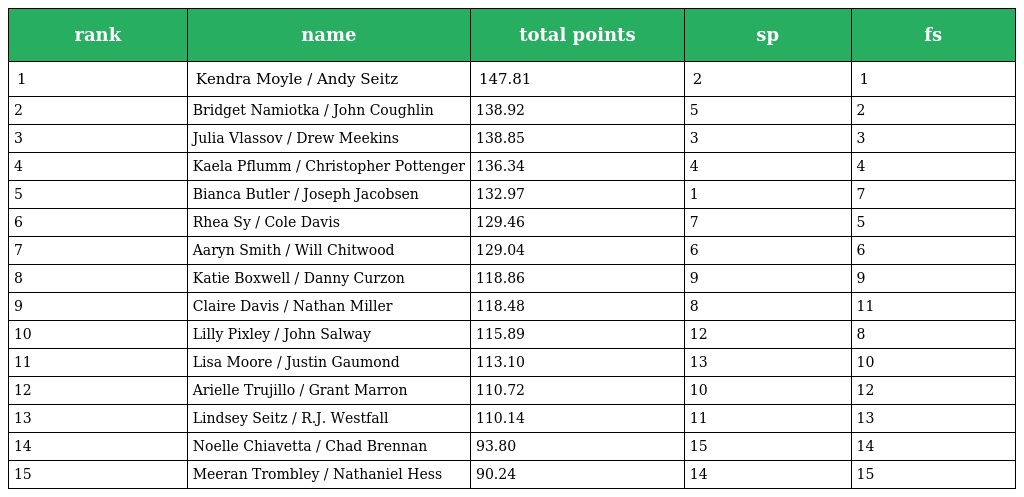
| rank | name | total points | sp | fs |
 | --- | --- | --- | --- | --- |
 | 1 | Kendra Moyle / Andy Seitz | 147.81 | 2 | 1 |
 | 2 | Bridget Namiotka / John Coughlin | 138.92 | 5 | 2 |
 | 3 | Julia Vlassov / Drew Meekins | 138.85 | 3 | 3 |
 | 4 | Kaela Pflumm / Christopher Pottenger | 136.34 | 4 | 4 |
 | 5 | Bianca Butler / Joseph Jacobsen | 132.97 | 1 | 7 |
 | 6 | Rhea Sy / Cole Davis | 129.46 | 7 | 5 |
 | 7 | Aaryn Smith / Will Chitwood | 129.04 | 6 | 6 |
 | 8 | Katie Boxwell / Danny Curzon | 118.86 | 9 | 9 |
 | 9 | Claire Davis / Nathan Miller | 118.48 | 8 | 11 |
 | 10 | Lilly Pixley / John Salway | 115.89 | 12 | 8 |
 | 11 | Lisa Moore / Justin Gaumond | 113.10 | 13 | 10 |
 | 12 | Arielle Trujillo / Grant Marron | 110.72 | 10 | 12 |
 | 13 | Lindsey Seitz / R.J. Westfall | 110.14 | 11 | 13 |
 | 14 | Noelle Chiavetta / Chad Brennan | 93.80 | 15 | 14 |
 | 15 | Meeran Trombley / Nathaniel Hess | 90.24 | 14 | 15 |